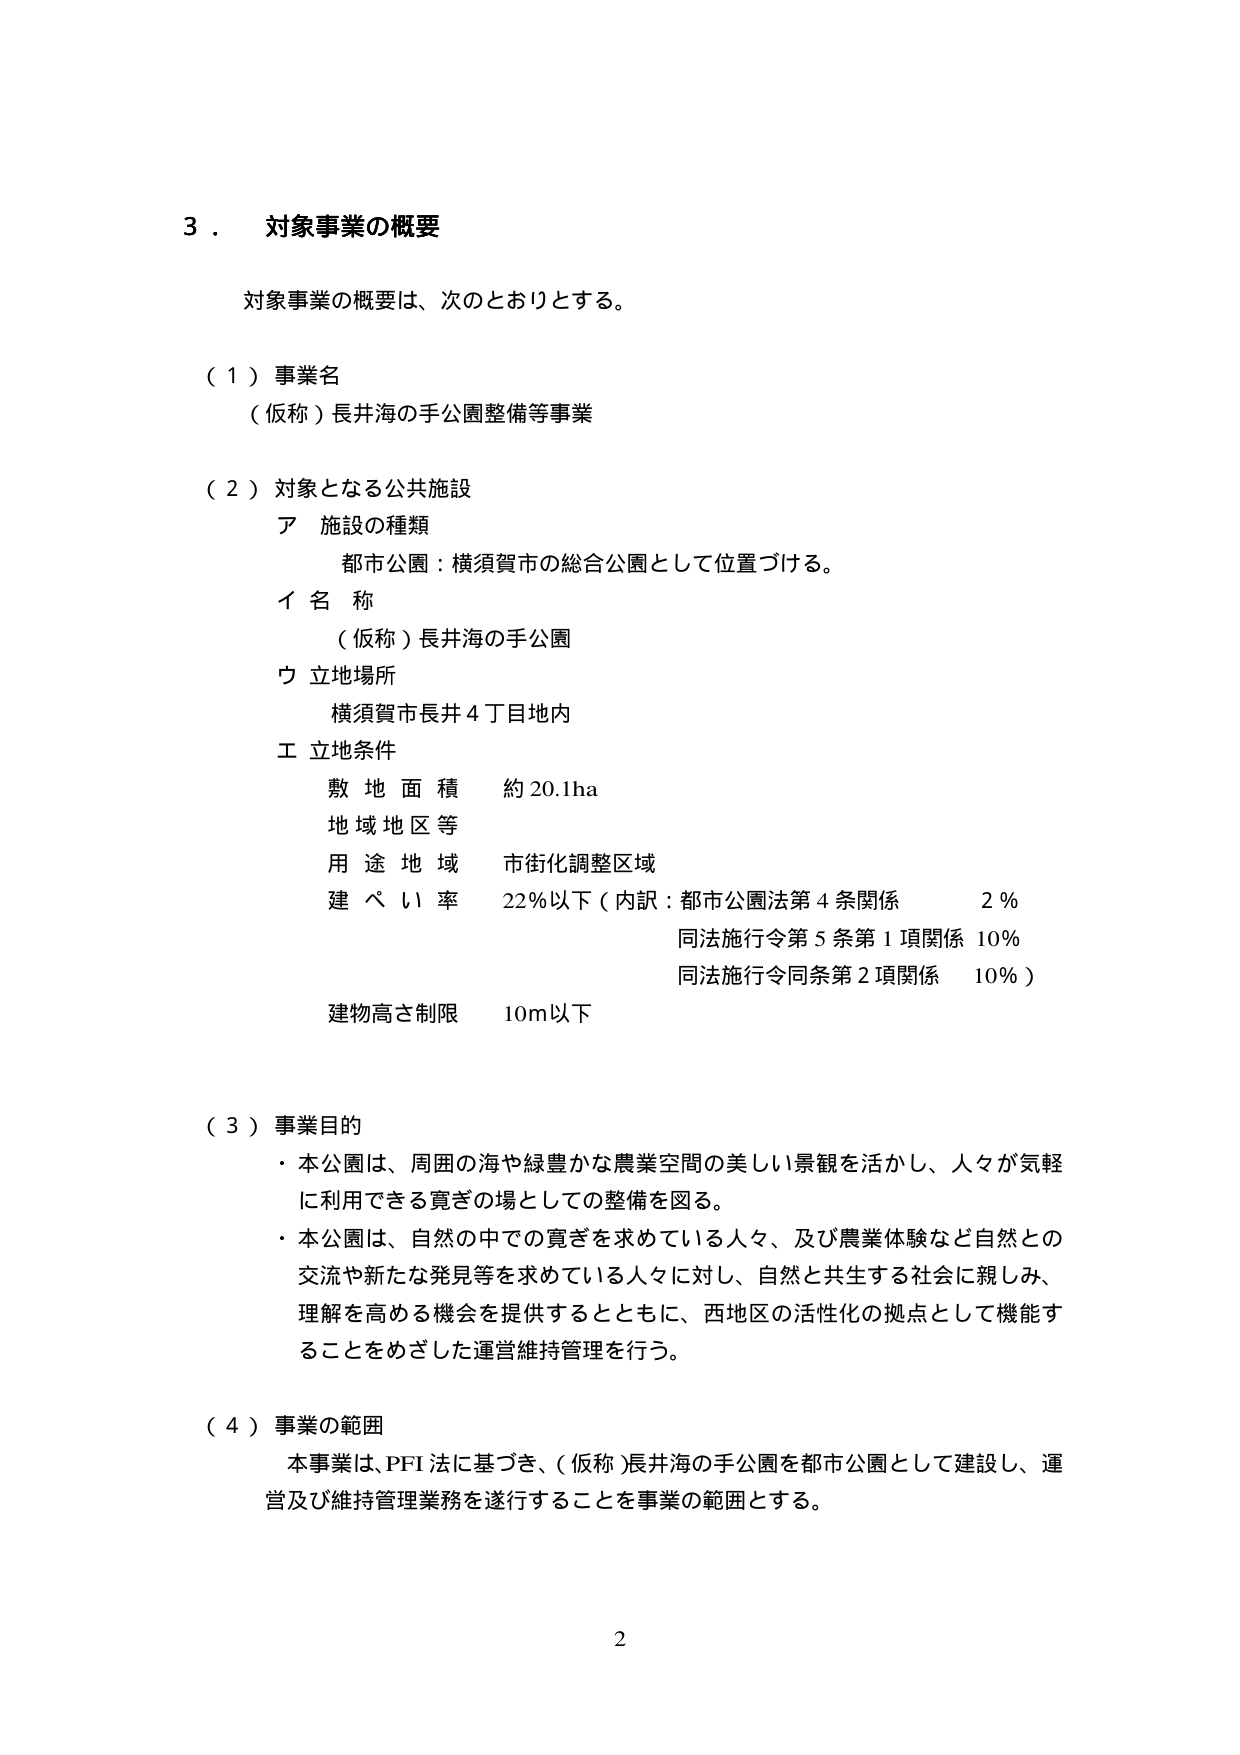
3．対象事業の概要

対象事業の概要は、次のとおりとする。

（1）事業名
（仮称）長井海の手公園整備等事業

（2）対象となる公共施設
ア 施設の種類
　都市公園：横須賀市の総合公園として位置づける。
イ 名称
　（仮称）長井海の手公園
ウ 立地場所
　横須賀市長井4丁目地内
エ 立地条件
　敷地面積　約20.1ha
　地域地区等
　用途地域　市街化調整区域
　建ぺい率　22％以下（内訳：都市公園法第4条関係　2％
　　　　　　　　　　　　　　同法施行令第5条第1項関係 10％
　　　　　　　　　　　　　　同法施行令同条第2項関係　10％）
　建物高さ制限　10m以下

（3）事業目的
・本公園は、周囲の海や緑豊かな農業空間の美しい景観を活かし、人々が気軽に利用できる賑ぎの場としての整備を図る。
・本公園は、自然の中での寛ぎを求めている人々、及び農業体験など自然との交流や新たな発見等を求めている人々に対し、自然と共生する社会に親しみ、理解を高める機会を提供するとともに、西地区の活性化の拠点として機能することをめざした運営維持管理を行う。

（4）事業の範囲
本事業は、PFI法に基づき、（仮称）長井海の手公園を都市公園として建設し、運営及び維持管理業務を遂行することを事業の範囲とする。

2